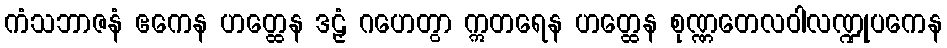
ကံသဘာဇနံ ဧကေန ဟတ္ထေန ဒဠှံ ဂဟေတွာ ဣတရေန ဟတ္ထေန စုဏ္ဏတေလဝါလဏ္ဍုပကေန